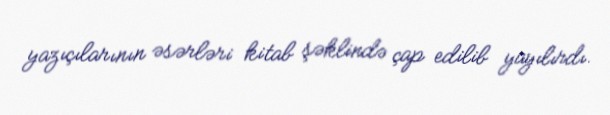
yazıçılarının əsərləri kitab şəklində çap edilib yayılırdı.